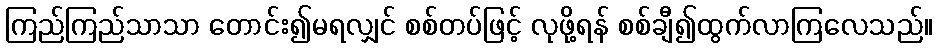
ကြည်ကြည်သာသာ တောင်း၍မရလျှင် စစ်တပ်ဖြင့် လုဖို့ရန် စစ်ချီ၍ထွက်လာကြလေသည်။